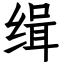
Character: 缉